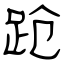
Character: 跄